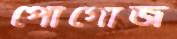
পোগোজ